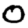
Digit: 0